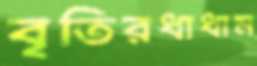
বৃতিরধাধাম